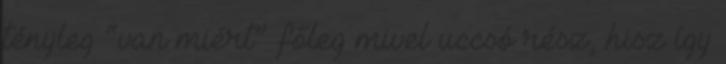
tényleg “van miért” főleg mivel uccsó rész, hisz így